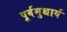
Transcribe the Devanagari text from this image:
पूर्वमुच्चार्य